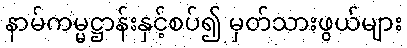
နာမ်ကမ္မဋ္ဌာန်းနှင့်စပ်၍ မှတ်သားဖွယ်များ